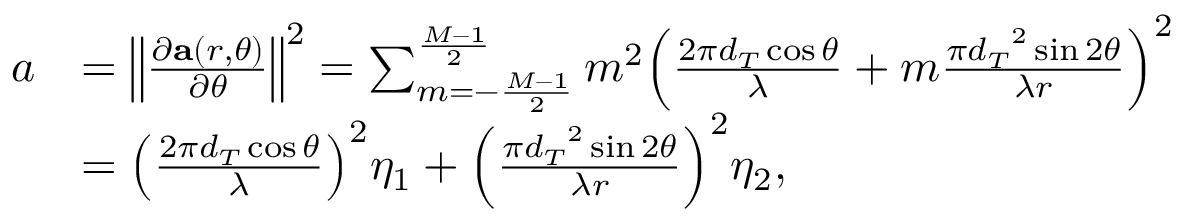
\begin{array} { r l } { a } & { = { { { \left\| { \frac { { \partial { \bf { a } } ( r , \theta ) } } { { \partial \theta } } } \right\| } ^ { 2 } } = \sum _ { m = - \frac { { M - 1 } } { 2 } } ^ { \frac { { M - 1 } } { 2 } } { { m ^ { 2 } } { \left( { \frac { { 2 \pi { d _ { T } } \cos \theta } } { \lambda } + m \frac { { \pi { { d _ { T } } ^ { 2 } } \sin { 2 \theta } } } { { \lambda r } } } \right) ^ { 2 } } } } } \\ & { = { \left( { \frac { { 2 \pi { d _ { T } } \cos \theta } } { \lambda } } \right) ^ { 2 } } { \eta _ { 1 } } + { \left( { \frac { { \pi { { d _ { T } } ^ { 2 } } \sin { 2 \theta } } } { { \lambda r } } } \right) ^ { 2 } } { \eta _ { 2 } } , } \end{array}